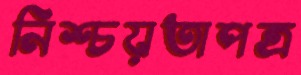
নিশ্চয়তাপত্র